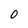
Character: 0